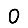
Digit: 0